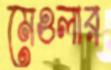
মেওলার